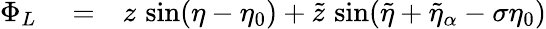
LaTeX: \begin{array}{rlr}{\Phi_{L}}&{{}=}&{z\, \sin(\eta-\eta_{0})+\tilde{z}\, \sin(\tilde{\eta}+\tilde{\eta}_{\alpha}-\sigma\eta_{0})}\end{array}